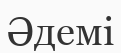
Әдемі